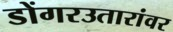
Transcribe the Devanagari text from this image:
डोंगरउतारांवर